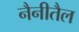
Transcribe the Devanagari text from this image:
नैनीतैल